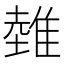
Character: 𨿲